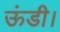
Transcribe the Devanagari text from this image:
ऊंडी।